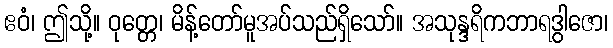
ဧဝံ၊ ဤသို့။ ဝုတ္တေ၊ မိန့်တော်မူအပ်သည်ရှိသော်။ အသုန္ဒရိကဘာရဒွါဇော၊